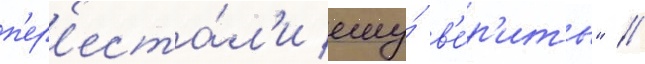
п'ер'еста́л'и ему́ в'е́р'ить" //